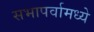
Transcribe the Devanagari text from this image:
सभापर्वामध्ये